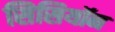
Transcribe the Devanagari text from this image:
सिसियॉन